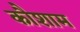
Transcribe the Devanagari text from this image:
कौशाम